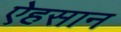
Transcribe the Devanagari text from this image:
ऐहसान